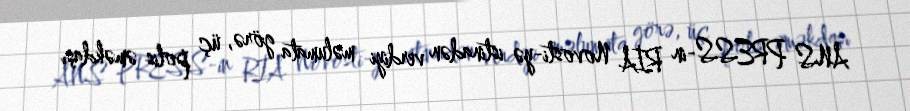
ANS PRESS-in RİA Novosti-yə istinadən verdiyi məlumata görə, üç polis əməkdaşı